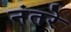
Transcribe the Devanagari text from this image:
नंतरे